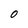
Character: O